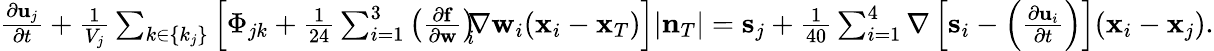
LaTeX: \begin{array}{r}{\frac{\partial{\mathbf u}_{j}}{\partial t}+\frac{1}{V_{j}}\sum_{k\in\{ k_{j}\} }\left[\Phi_{jk}+\frac{1}{24}\sum_{i=1}^{3}\left(\frac{\partial{\mathbf f}}{\partial{\mathbf w}}\right)_{\! \! i}\! \! \nabla{\mathbf w}_{i}({\mathbf x}_{i}-{\mathbf x}_{T})\right]|{\mathbf n}_{T}|={\mathbf s}_{j}+\frac{1}{40}\sum_{i=1}^{4}\nabla\left[{\mathbf s}_{i}-\left(\frac{\partial{\mathbf u}_{i}}{\partial t}\right)\right]({\mathbf x}_{i}-{\mathbf x}_{j}).}\end{array}